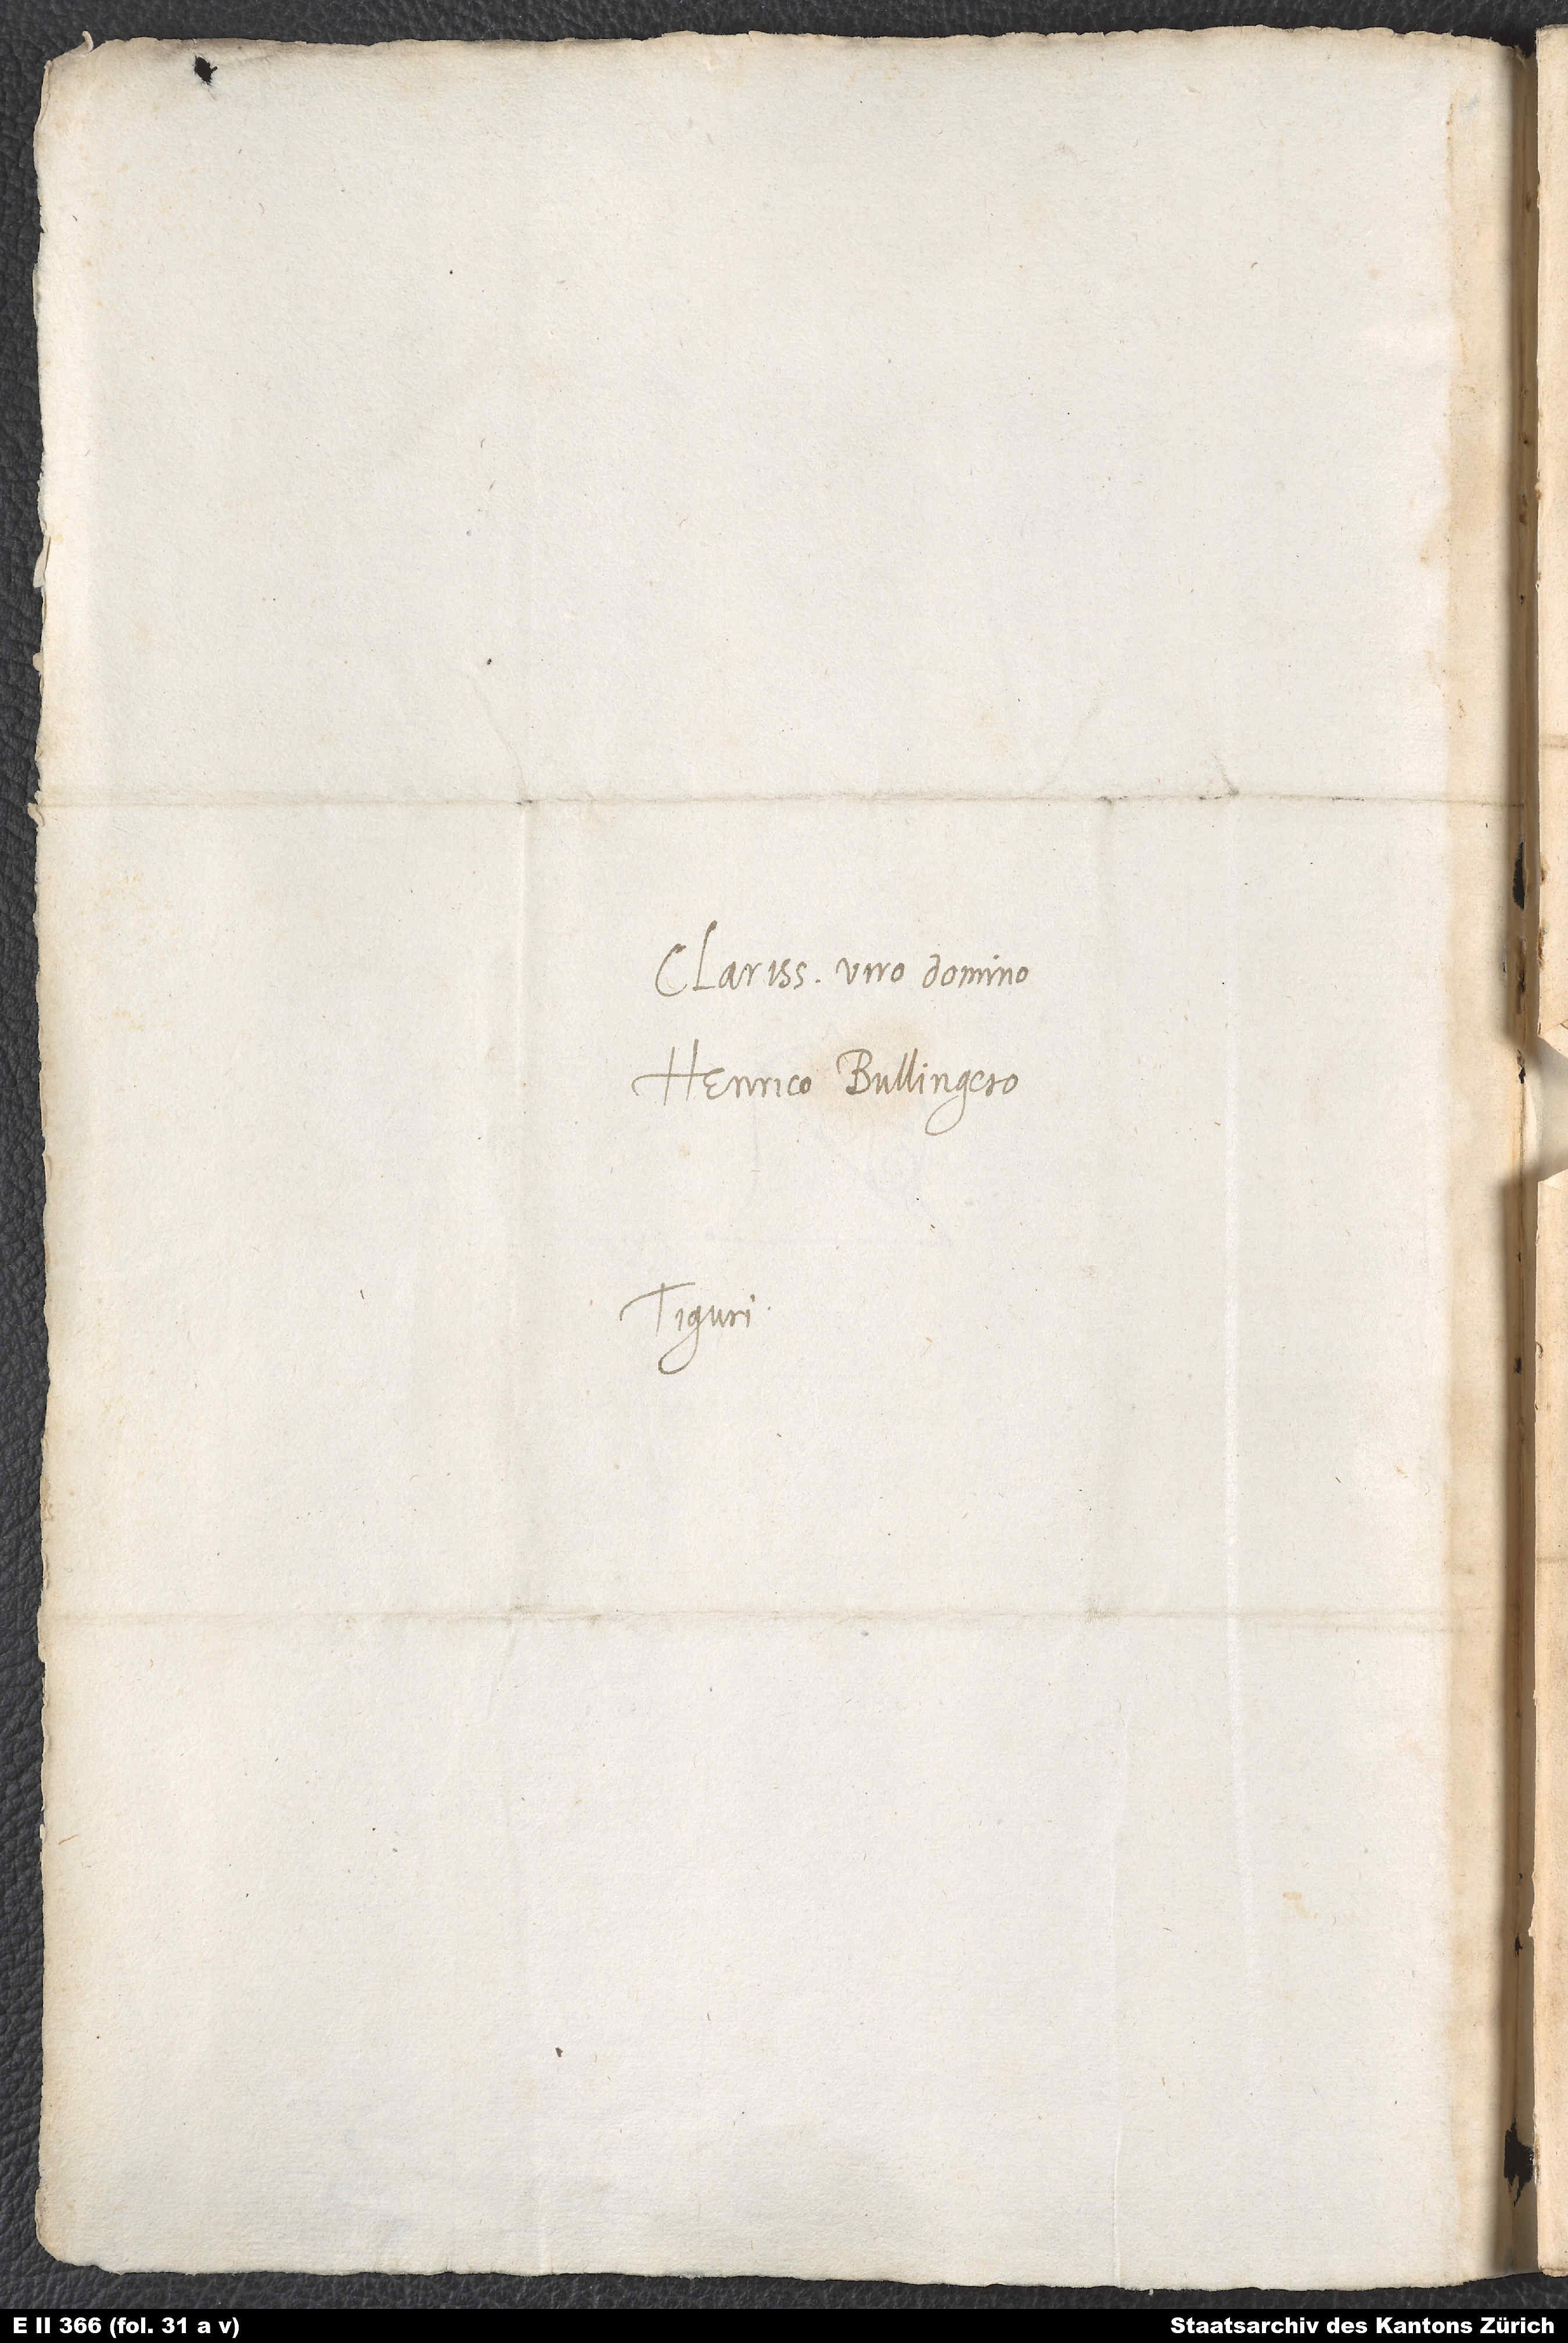
Clarissimo viro domino
Henrico Bullingero.
Tiguri.